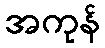
အကုန်